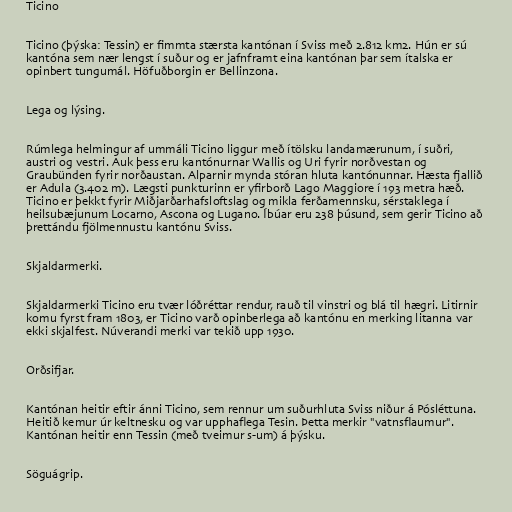
Ticino

Ticino (þýska: Tessin) er fimmta stærsta kantónan í Sviss með 2.812 km2. Hún er sú
kantóna sem nær lengst í suður og er jafnframt eina kantónan þar sem ítalska er
opinbert tungumál. Höfuðborgin er Bellinzona.

Lega og lýsing.

Rúmlega helmingur af ummáli Ticino liggur með ítölsku landamærunum, í suðri,
austri og vestri. Auk þess eru kantónurnar Wallis og Uri fyrir norðvestan og
Graubünden fyrir norðaustan. Alparnir mynda stóran hluta kantónunnar. Hæsta fjallið
er Adula (3.402 m). Lægsti punkturinn er yfirborð Lago Maggiore í 193 metra hæð.
Ticino er þekkt fyrir Miðjarðarhafsloftslag og mikla ferðamennsku, sérstaklega í
heilsubæjunum Locarno, Ascona og Lugano. Íbúar eru 238 þúsund, sem gerir Ticino að
þrettándu fjölmennustu kantónu Sviss.

Skjaldarmerki.

Skjaldarmerki Ticino eru tvær lóðréttar rendur, rauð til vinstri og blá til hægri. Litirnir
komu fyrst fram 1803, er Ticino varð opinberlega að kantónu en merking litanna var
ekki skjalfest. Núverandi merki var tekið upp 1930.

Orðsifjar.

Kantónan heitir eftir ánni Ticino, sem rennur um suðurhluta Sviss niður á Pósléttuna.
Heitið kemur úr keltnesku og var upphaflega Tesin. Þetta merkir "vatnsflaumur".
Kantónan heitir enn Tessin (með tveimur s-um) á þýsku.

Söguágrip.